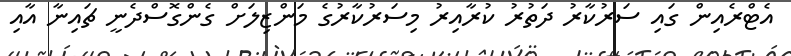
އެޓްރެއިން ގައި ސަރުކާރު ދަތުރު ކުރާއިރު މިސަރުކާރުގެ މަންޒިލަށް ގެންގޮސްދެނީ ޗައިނާ އާއި